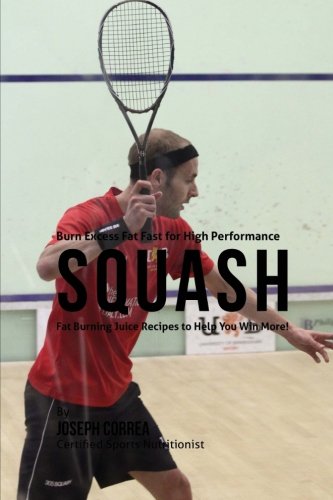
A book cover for Burn Excess Fat Fast for High Performance Squash: Fat Burning Juice Recipes to Help You Win More!; Joseph Correa (Certified Sports Nutritionist); Sports & Outdoors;